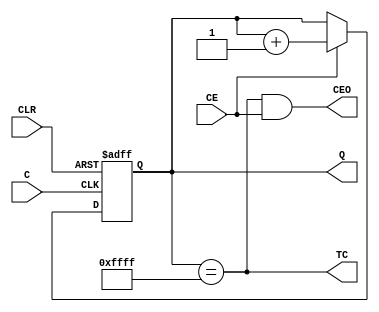
// $Header: /devl/xcs/repo/env/Databases/CAEInterfaces/ECS/data/hdlMacro/verilog/CB16CE.v,v 1.4 2012/08/30 17:45:42 robh Exp $
///////////////////////////////////////////////////////////////////////////////
// Copyright (c) 2006 Xilinx, Inc.
// All Right Reserved.
///////////////////////////////////////////////////////////////////////////////
//   ____  ____
//  /   /\/   /
// /___/  \  /    Vendor      : Xilinx
// \   \   \/     Version     : Jade (J.23)
//  \   \         Description : Xilinx HDL Macro Library
//  /   /                       16-Bit Cascadable Binary Counter with Clock Enable and Asynchronous Clear
// /___/   /\     Filename    : CB16CE.v
// \   \  /  \    Timestamp   : Tue Jul 25 2006
//  \___\/\___\
//
// Revision:
//    07/25/06 - Initial version.
// End Revision

`timescale 100 ps / 10 ps

module CB16CE(CEO, Q, TC, C, CE, CLR);
   
   localparam TERMINAL_COUNT = 16'b1111_1111_1111_1111;
   
   output             CEO;
   output [15:0]      Q;
   output             TC;

   input 	      C;	
   input 	      CE;	
   input 	      CLR;	
   
   reg    [15:0]      Q;
   
   always @(posedge C or posedge CLR)
     begin
	if (CLR)
	  Q <= 16'b0000_0000_0000_0000;
	else if (CE)
	  Q <= Q + 1;
     end
   
   assign CEO = TC & CE;
   assign TC = (Q == TERMINAL_COUNT);
   
endmodule